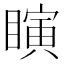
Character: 瞚